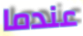
عندما